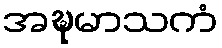
အဍ္ဎမာသကံ